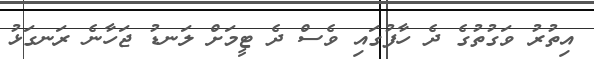
އިތުރު ވަގުތުގެ ދެ ހާފުގައި ވެސް ދެ ޓީމަށް ލަނޑު ޖަހާނެ ރަނގަޅު